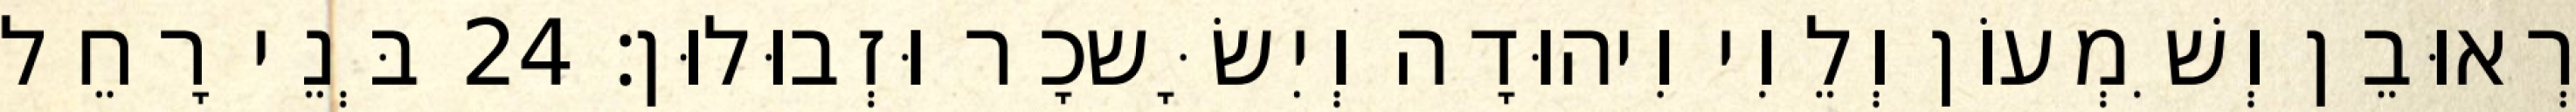
רְאוּבֵן וְשִׁמְעוֹן וְלֵוִי וִיהוּדָה וְיִשָּׂשכָר וּזְבוּלוּן׃ 24 בְּנֵי רָחֵל